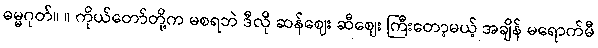
ဓမ္မဂုတ်။ ။ ကိုယ်တော်တို့က မစရဘဲ ဒီလို ဆန်ဈေး ဆီဈေး ကြီးတော့မယ့် အချိန် မရောက်မီ